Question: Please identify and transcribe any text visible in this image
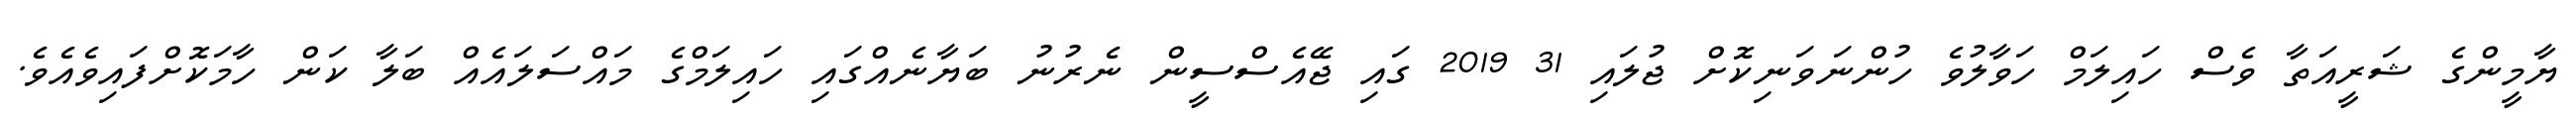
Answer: ޔާމީންގެ ޝަރީއަތާ ވެސް ހައިލަމް ހަވާލުވެ ހުންނަވަނިކޮށް ޖުލައި 31 2019 ގައި ޖޭއެސްސީން ނެރުނު ބަޔާނެއްގައި ހައިލަމްގެ މައްސަލައެއް ބަލާ ކަން ހާމަކޮށްފައިވެއެވެ.